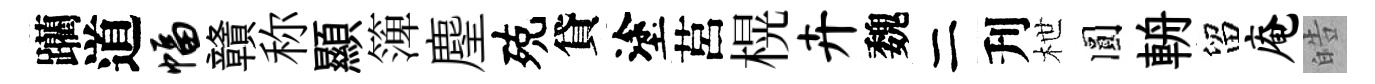
躪道幅贛称顯𥱼麈殑貸塗莒榥卉魏二刋枻圓輈留庵皓